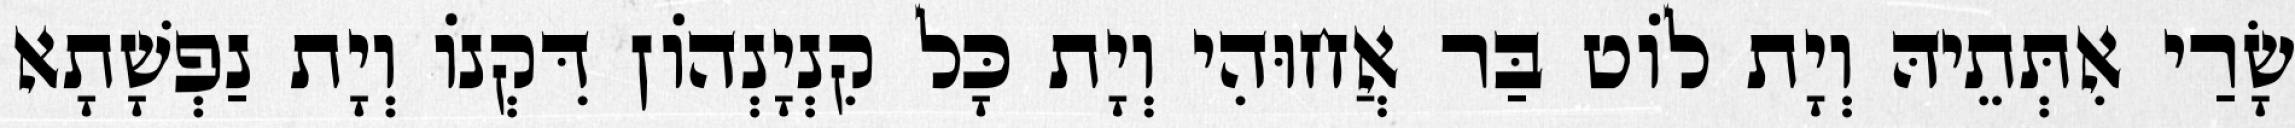
שָׂרַי אִתְּתֵיהּ וְיָת לוֹט בַּר אֲחוּהִי וְיָת כָּל קִנְיָנְהוֹן דִּקְנוֹ וְיָת נַפְשָׁתָא